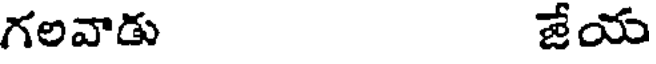
గలవాడు జేయ